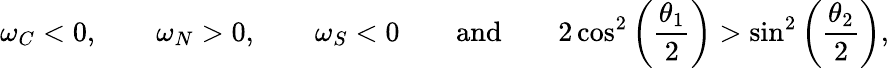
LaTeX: \omega_{C}<0,\qquad\omega_{N}>0,\qquad\omega_{S}<0\qquad\textnormal{and}\qquad 2\cos^{2}\left(\frac{\theta_{1}}{2}\right)>\sin^{2}\left(\frac{\theta_{2}}{2}\right),